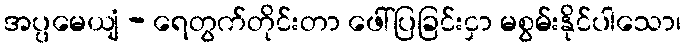
အပ္ပမေယျံ - ရေတွက်တိုင်းတာ ဖေါ်ပြခြင်းငှာ မစွမ်းနိုင်ပါသော၊